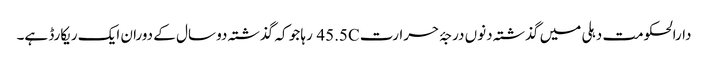
دارالحکومت دہلی میں گذشتہ دنوں درجۂ حرارت 45.5C رہا جو کہ گذشتہ دو سال کے دوران ایک ریکارڈ ہے۔